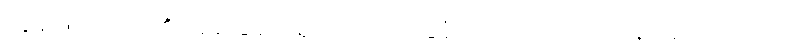
ကွန်ဖြူရှပ်ဝါဒ၏ အခြေခံတရားက အခြေခံ ကျင့်ဝတ် သုံးပါးနဲ့ လူ ကျင့်ဝတ်